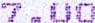
7.00